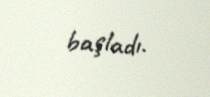
başladı.